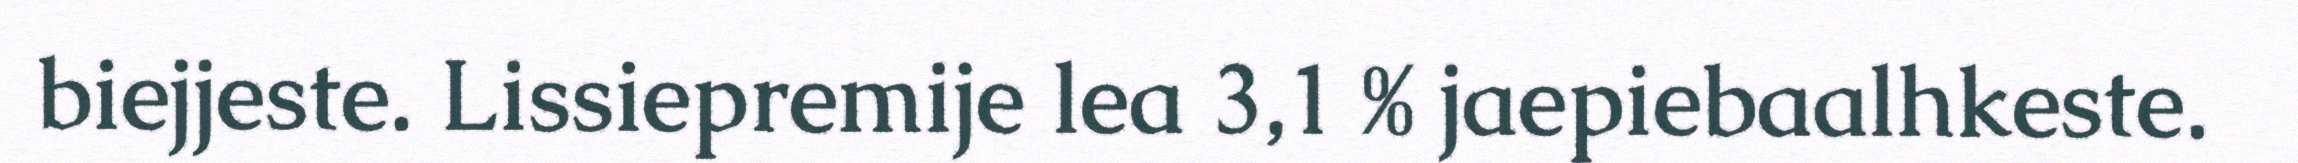
biejjeste. Lissiepremije lea 3,1 % jaepiebaalhkeste.